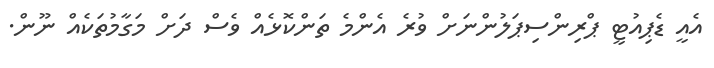
އެއީ ޑެޕިއުޓީ ޕްރިންސިޕަލުންނަށް ވުރެ އެންމެ ތަންކޮޅެއް ވެސް ދަށް މަގާމުތަކެއް ނޫން.